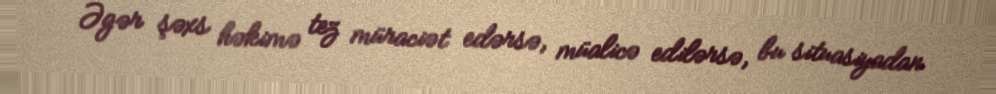
Əgər şəxs həkimə tez müraciət edərsə, müalicə edilərsə, bu situasiyadan